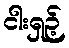
ငါးရှဉ့်